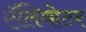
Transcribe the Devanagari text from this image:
ऍलिव्हेटर